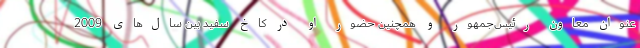
عنوان معاون رئیس‌جمهور و همچنین حضور او در کاخ سفید بین سال‌های 2009